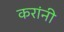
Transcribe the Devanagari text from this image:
करांनी